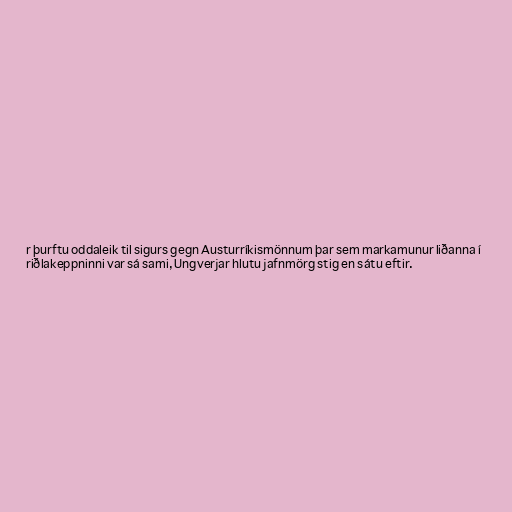
r þurftu oddaleik til sigurs gegn Austurríkismönnum þar sem markamunur liðanna í
riðlakeppninni var sá sami, Ungverjar hlutu jafnmörg stig en sátu eftir.